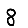
Digit: 8